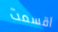
اقسمت